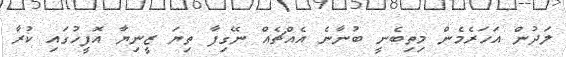
ލަދުން އަހަރެމެން މިތިބެނީ ބުނާނެ އެއްޗެއް ނޭގިފާ ތިޔަ ޒީނިޔާ އޮފީހުގައި ކުރާ